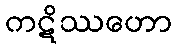
ကဋိဿဟော